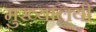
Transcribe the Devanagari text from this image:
मुख्यालयी